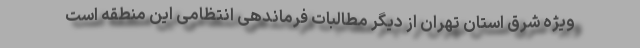
ویژه شرق استان تهران از دیگر مطالبات فرماندهی انتظامی این منطقه است